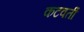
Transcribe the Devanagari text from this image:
कटवर्ती